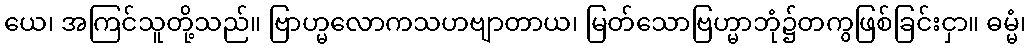
ယေ၊ အကြင်သူတို့သည်။ ဗြာဟ္မလောကသဟဗျာတာယ၊ မြတ်သောဗြဟ္မာဘုံ၌တကွဖြစ်ခြင်းငှာ။ ဓမ္မံ၊